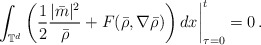
\begin{align*} \left. \int_{\mathbb{T}^d}\left ( \frac{1}{2} \frac{|\bar m|^2}{\bar \rho} + F(\bar \rho,\nabla\bar\rho) \right)dx \right |^{t}_{\tau=0}=0\, .\end{align*}